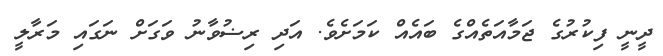
ދީނީ ފިކުރުގެ ޖަމާއަތެއްގެ ބައެއް ކަމަށެވެ. އަދި ރިޟުވާނު ވަގަށް ނަގައި މަރާލީ